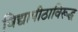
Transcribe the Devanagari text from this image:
विद्यापीठाविरूद्ध